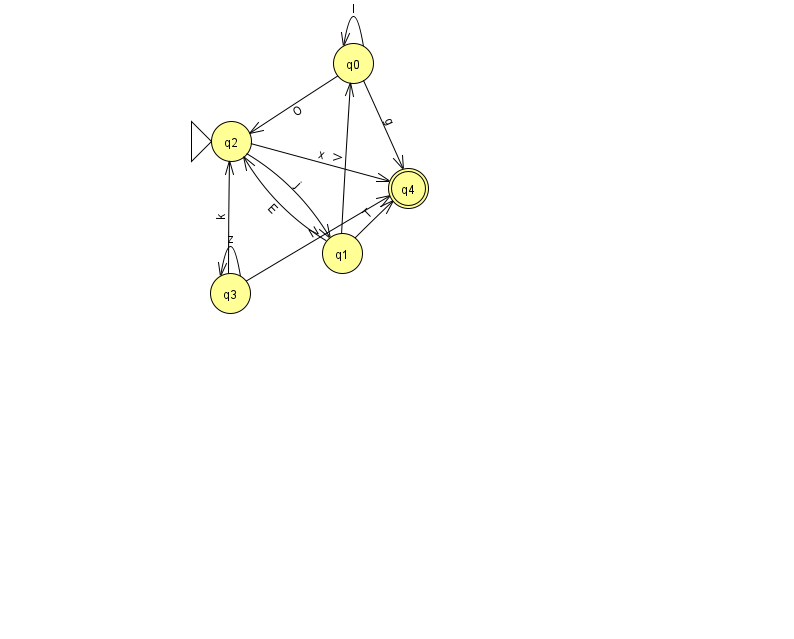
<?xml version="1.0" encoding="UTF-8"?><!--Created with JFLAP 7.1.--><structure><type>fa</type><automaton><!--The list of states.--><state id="0" name="q0"><x>353.0</x><y>50.0</y></state><state id="1" name="q1"><x>342.0</x><y>240.0</y></state><state id="2" name="q2"><x>231.0</x><y>128.0</y><initial/></state><state id="3" name="q3"><x>230.0</x><y>280.0</y></state><state id="4" name="q4"><x>408.0</x><y>175.0</y><final/></state><!--The list of transitions.--><transition><from>0</from><to>4</to><read>g</read></transition><transition><from>2</from><to>1</to><read>j</read></transition><transition><from>1</from><to>0</to><read>V</read></transition><transition><from>1</from><to>2</to><read>E</read></transition><transition><from>1</from><to>4</to><read>T</read></transition><transition><from>2</from><to>4</to><read>x</read></transition><transition><from>3</from><to>3</to><read>z</read></transition><transition><from>3</from><to>2</to><read>k</read></transition><transition><from>0</from><to>0</to><read>l</read></transition><transition><from>0</from><to>2</to><read>O</read></transition><transition><from>3</from><to>4</to><read>N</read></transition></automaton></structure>